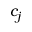
c _ { j }